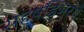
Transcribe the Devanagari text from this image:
सहषड्भिरंगैः